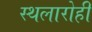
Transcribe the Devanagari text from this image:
स्थलारोही